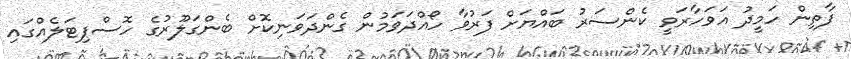
ފާތިން ހަމީދު އަވަހާރަވީ ކެންސަރު ބައްޔަށް ފަރުވާ ހޯއްދަވަމުން ގެންދަވަނިކޮށް ބެންގަލޫރުގެ ހޮސްޕިޓަލެއްގައި